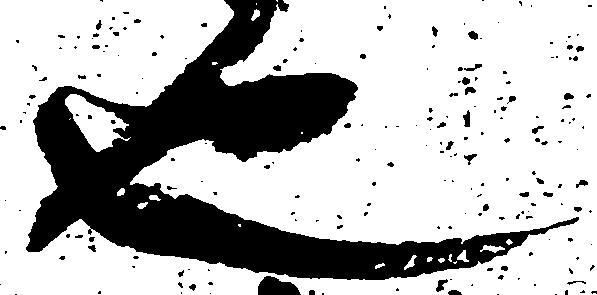
也